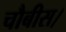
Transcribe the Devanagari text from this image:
चौबीस।